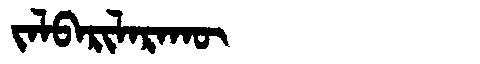
Manchu: ᠵᠠᠯᠪᠠᡵᡳᠯᠠᡵᠠᡴᡡ
Romanization: JALBARILARAKŪ